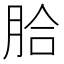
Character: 䏩